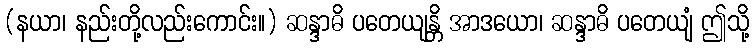
(နယာ၊ နည်းတို့လည်းကောင်း။) ဆန္ဒာဓိ ပတေယျန္တိ အာဒယော၊ ဆန္ဒာဓိ ပတေယျံ ဤသို့